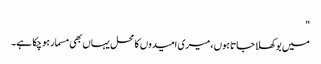
"
میں بوکھلا جاتا ہوں ، میری امیدوں کا محل یہاں بھی مسمار ہو چکا ہے۔